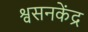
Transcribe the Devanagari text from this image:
श्वसनकेंद्र